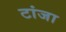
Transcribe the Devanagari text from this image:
टांजा